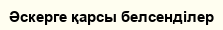
Әскерге қарсы белсенділер